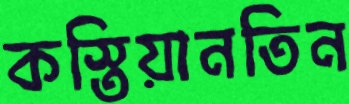
কস্তিয়ানতিন